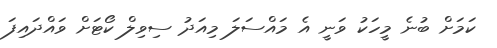
ކަމަށް ބުނެ މީހަކު ވަނީ އެ މައްސަލަ މިއަދު ސިވިލް ކޯޓަށް ވައްދައިފަ